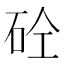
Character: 砼